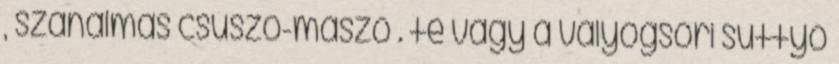
, szánalmas csúszó-mászó . te vagy a vályogsori suttyó